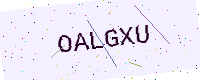
Text: OALGXU